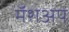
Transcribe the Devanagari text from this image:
मॅशअप